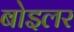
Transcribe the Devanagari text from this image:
बोइलर